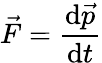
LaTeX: {\vec{F}}={\frac{\mathrm{d}{\vec{p}}}{\mathrm{d}t}}